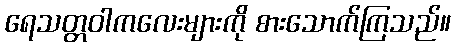
ရေသတ္တဝါကလေးများကို စားသောက်ကြသည်။